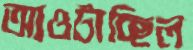
আওটাচ্ছিল